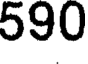
590